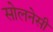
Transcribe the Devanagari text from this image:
सोलनेसी